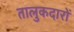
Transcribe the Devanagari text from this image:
तालुकदारों